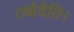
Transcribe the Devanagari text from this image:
तथैवैति।